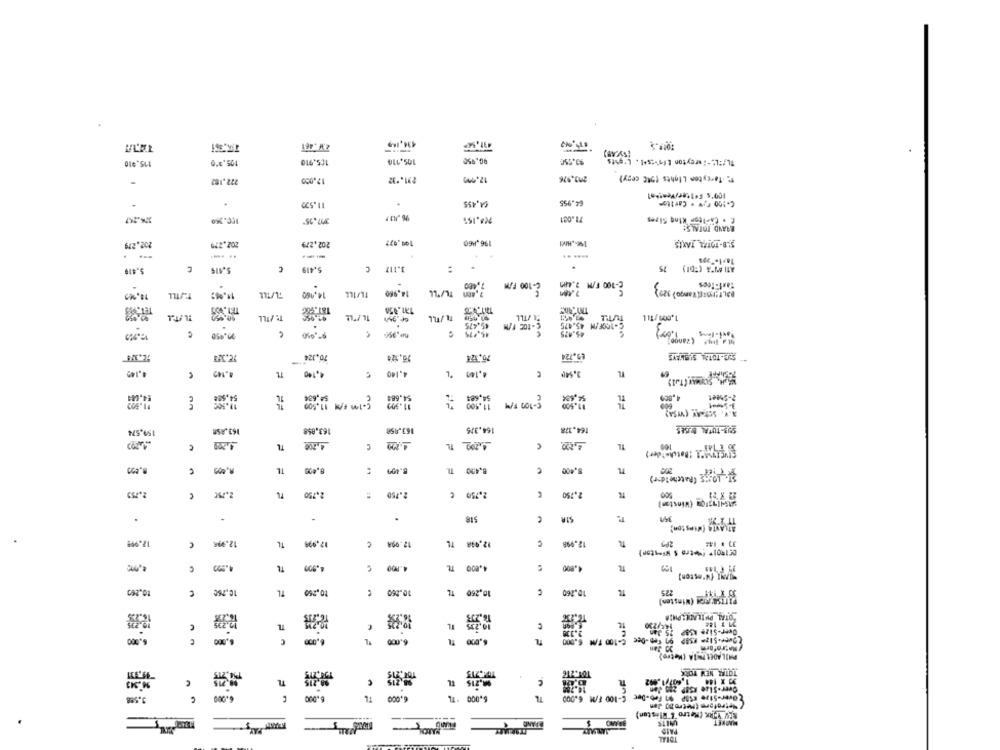
2.W .461
434,149
31,56
90.950
1L/TL :-: weyton [fews.l . Lights
115.910
105.350
155,910
105,110
272.182
12,000
231 .* 32
203.976
T: . Tarcyton Lights (24℃ ceny)
-
100's Felter/Pessoal
11.532
CA,455
64.955
C-100 F.# - Carlton
.
274.297
28.157
71.001
[. . Ch-itor King Sizes
150.350
3797.95*
BRAND TOTALS:
100,977
202.279
202.279
202,279
196.H60
...
--
..
.... ..
5.419
C
5.414
5.419
3.117 C
.
C-100 F/M
2-100 F/M 2.480
F2/TLL
14.160
14,960
2.400 TL/TLL
13.350
T. FILL
45.475
C-100F/M 45.475
C-toc F/M
1.00
46.175
45.475
-
70,324
49.724
4.142
TL
4,140
€
4,140
1.100 %
E4,604
54.68
se,Gel
TL
2-Sheet
$1.502
11.500
C-lm F/M 11,509
11.500
C-100 F/M
11.100
A.V. SCARY (VISA)
163.958
164,335
164.378
SUB-TOTAL BISES
159,574
163.858
163,858
T&
4,200
4,820
IL
109
8.490
TL
8.499
8.420 TL
5.400
ST. LOUIS ( Ratehelder)
2.753
7L
2.79
2.150
2.750 €
2.750
w(garou (Winston]
-
.
ATLANTA ( winston)
12.098 TL
17.949
12.99R
TL
12.939
12.09A
12.998
299
3) # 14:
4.900
6
4.000
4.800 TL
4.800
10.240
c
10.760
TL
10,260
10.260
10,260 TL
10.260
TL
225
PITTseiner (Winsten)
FL
146/230
C
Over-Size KSBP 75 Jan
3,000
6.000
6,000
2Over-Size USED on feb -Dec
6.000
C-100 1/ 6.000
30 Jan
PHILADELPHIA (Metro)
184,215
TOTHE NEW YORK
M.343
TL
9,215 EL
c
37 X 144
Over -Size KSEP 286 dan
6.000
TL
6.000
6.000 *L
C-100 F/M 6.000
Over-5130 ESOP 97 Feb-Dec
(Metroform (metro DO Jen
REV YORK (Metro & Rlisten)
UNITS
TOTAL